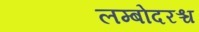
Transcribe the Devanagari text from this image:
लम्बोदरश्च